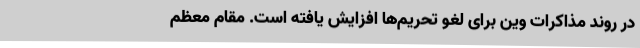
در روند مذاکرات وین برای لغو تحریم‌ها افزایش یافته است. مقام معظم